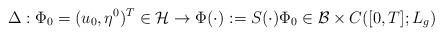
LaTeX: \begin{align*} \Delta: \Phi_0=(u_0,\eta^0)^T\in \mathcal{H}\rightarrow \Phi(\cdot):=S(\cdot)\Phi_0\in \mathcal{B}\times C([0,T];L_g)\end{align*}